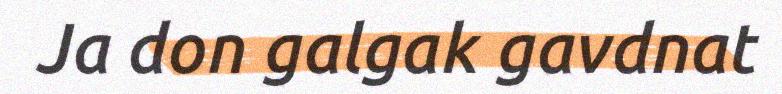
Ja don galgak gavdnat